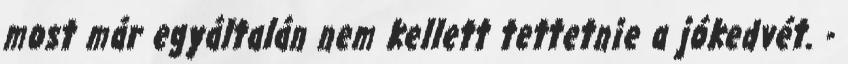
most már egyáltalán nem kellett tettetnie a jókedvét. -